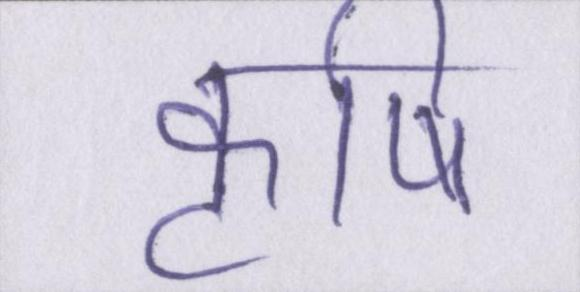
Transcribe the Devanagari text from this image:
कॄषि